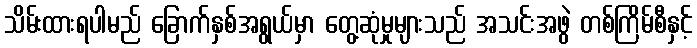
သိမ်းထားရပါမည် ခြောက်နှစ်အရွယ်မှာ တွေ့ဆုံမှုများသည် အသင်းအဖွဲ တစ်ကြိမ်စီနှင့်